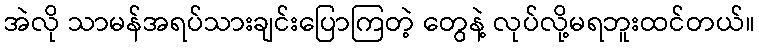
အဲလို သာမန်အရပ်သားချင်းပြောကြတဲ့ တွေနဲ့ လုပ်လို့မရဘူးထင်တယ်။